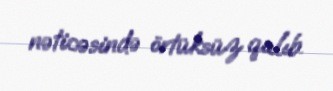
nəticəsində örtüksüz qalıb.